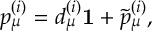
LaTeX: p _ { \mu } ^ { ( i ) } = d _ { \mu } ^ { ( i ) } { \bf 1 } + \tilde { p } _ { \mu } ^ { ( i ) } ,